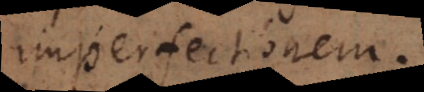
imperfectionem.